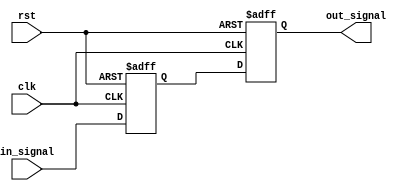
module two_flop_synchronizer (
    input wire clk,       // Clock signal
    input wire rst,       // Reset signal
    input wire in_signal, // Input signal to be synchronized
    output reg out_signal // Synchronized output signal
);

reg ff1; // First flip-flop output
reg ff2; // Second flip-flop output

// First flip-flop
always @(posedge clk or posedge rst) begin
    if (rst) begin
        ff1 <= 1'b0;
    end else begin
        ff1 <= in_signal;
    end
end

// Second flip-flop
always @(posedge clk or posedge rst) begin
    if (rst) begin
        ff2 <= 1'b0;
    end else begin
        ff2 <= ff1;
    end
end

// Output signal
always @* begin
    out_signal = ff2;
end

endmodule